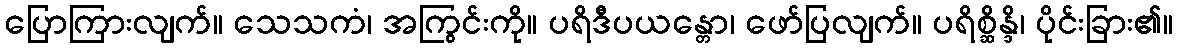
ပြောကြားလျက်။ သေသကံ၊ အကြွင်းကို။ ပရိဒီပယန္တော၊ ဖော်ပြလျက်။ ပရိစ္ဆိန္ဒိ၊ ပိုင်းခြား၏။